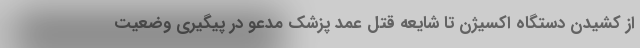
از کشیدن دستگاه اکسیژن تا شایعه قتل عمد پزشک مدعو در پیگیری وضعیت